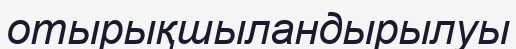
отырықшыландырылуы